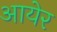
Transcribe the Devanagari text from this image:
आयेर